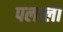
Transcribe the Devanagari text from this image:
पलाला